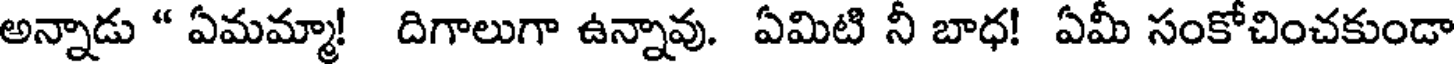
అన్నాడు " ఏమమ్మా! దిగాలుగా ఉన్నావు. ఏమిటి నీ బాధ! ఏమీ సంకోచించకుండా